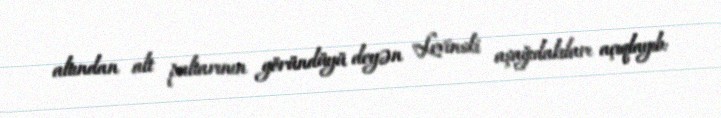
altından alt paltarının göründüyü deyən Levinski aşağıdakıları açıqlayıb: